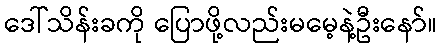
ဒေါ်သိန်းခကို ပြောဖို့လည်းမမေ့နဲ့ဦးနော်။